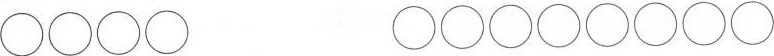
\bigcirc\bigcirc\bigcirc\bigcirc \bigcirc\bigcirc\bigcirc\bigcirc\bigcirc\bigcirc\bigcirc\bigcirc